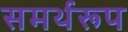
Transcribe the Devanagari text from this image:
समर्थरूप